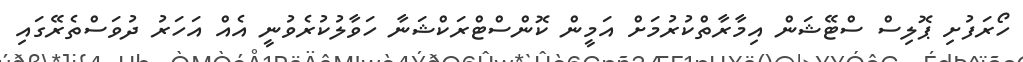
ހޯރަފުށި ޕޮލިސް ސްޓޭޝަން އިމާރާތްކުރުމަށް އަމީން ކޮންސްޓްރަކްޝަނާ ހަވާލުކުރެވުނީ އެއް އަހަރު ދުވަސްތެރޭގައި